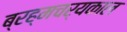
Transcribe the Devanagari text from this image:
ब्रह्मचर्यकाल